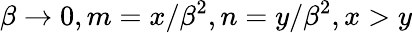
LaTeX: \beta\to 0,m=x/\beta^{2},n=y/\beta^{2},x>y